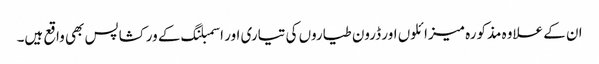
ان کے علاوہ مذکورہ میزائلوں اور ڈرون طیاروں کی تیاری اور اسمبلنگ کے ورکشاپس بھی واقع ہیں۔